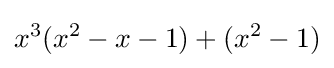
x^{3}(x^{2}-x-1)+(x^{2}-1)